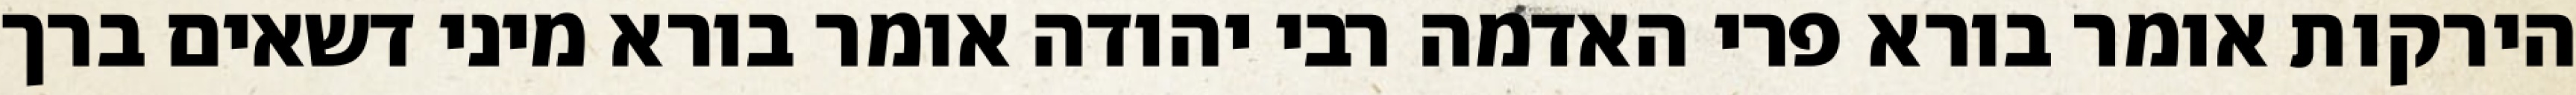
הירקות אומר בורא פרי האדמה רבי יהודה אומר בורא מיני דשאים ברך